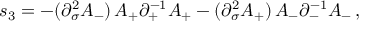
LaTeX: s _ { 3 } = - ( \partial _ { \sigma } ^ { 2 } A _ { - } ) \, A _ { + } \partial _ { + } ^ { - 1 } A _ { + } - ( \partial _ { \sigma } ^ { 2 } A _ { + } ) \, A _ { - } \partial _ { - } ^ { - 1 } A _ { - } \, ,